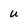
Character: u